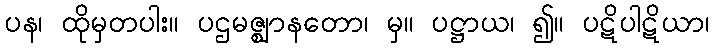
ပန၊ ထိုမှတပါး။ ပဌမဇ္ဈာနတော၊ မှ။ ပဋ္ဌာယ၊ ၍။ ပဋိပါဋိယာ၊